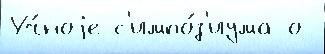
Уч́ноjе с'импо́з'иума о